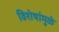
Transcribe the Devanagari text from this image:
विशेषांमुळे